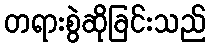
တရားစွဲဆိုခြင်းသည်